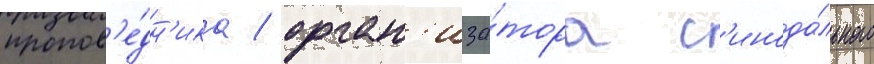
пропов'е́дн'ика / орган'иза́тора с'инода́льного